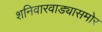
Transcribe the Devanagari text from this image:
शनिवारवाड्यासमोर